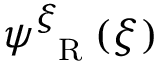
\psi _ { \mathrm { ~ \tiny ~ R ~ } } ^ { \xi } ( \xi )